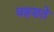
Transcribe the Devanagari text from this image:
वहशते